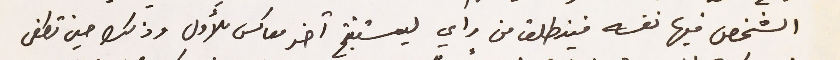
الشخص فيها نفسه فينطلق من راي ليستنتج آخر معاكس للأول وذلك حين تطغى